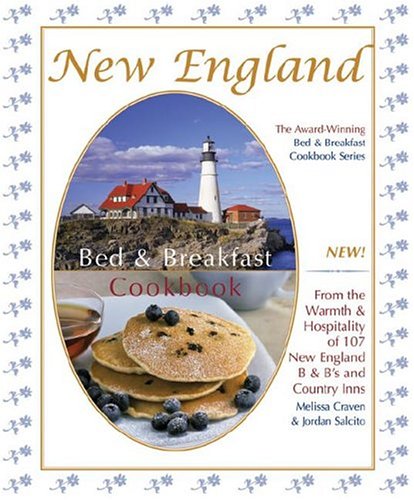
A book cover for New England Bed & Breakfast Cookbook: From the Warmth & Hospitality of 107 New England B&b's and Country Inns (Bed & Breakfast Cookbooks (3D Press)); Melissa Craven; Cookbooks, Food & Wine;